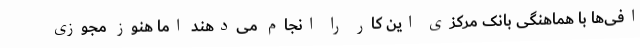
افی‌ها با هماهنگی بانک مرکزی این کار را انجام می‌دهند اما هنوز مجوزی